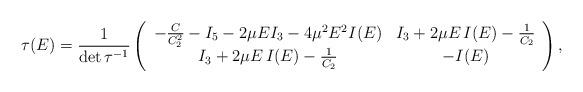
LaTeX: \begin{align*}{\bf \tau}(E)=\frac{1}{\det {\bf \tau}^{-1}} \left( \begin{array}{cc}-\frac{C}{C_2^2} - I_5 - 2 \mu E I_3 - 4 \mu^2 E^2 I(E) & I_3 + 2 \mu E \, I(E) -\frac{1}{C_2}\\ I_3 + 2 \mu E \, I(E) - \frac{1}{C_2} & -I(E)\end{array} \right),\end{align*}